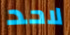
لاحد